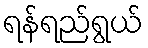
ရန်ရည်ရွယ်